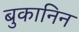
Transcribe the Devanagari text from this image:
बुकानिन